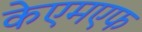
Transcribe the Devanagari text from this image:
केएमएफ